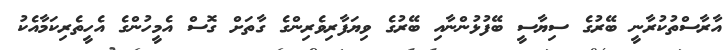
އާރާސްތުކުރާނީ ބޭރުގެ ސިޔާސީ ބޭފުޅުންނާއި ބޭރުގެ ވިޔަފާރިވެރިންގެ ގާތަށް ގޮސް އެމީހުންގެ އެހީތެރިކަމާއެކު